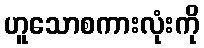
ဟူသောစကားလုံးကို